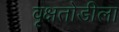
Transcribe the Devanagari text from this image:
वृक्षतोडीला